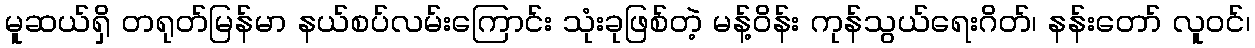
မူဆယ်ရှိ တရုတ်မြန်မာ နယ်စပ်လမ်းကြောင်း သုံးခုဖြစ်တဲ့ မန့်ဝိန်း ကုန်သွယ်ရေးဂိတ်၊ နန်းတော် လူဝင်၊